Annual report of the Bengal Veterinary College and of the Civil Veterinary Department, Bengal, for the year 1920-21 - 1920-1921
Year: 1920
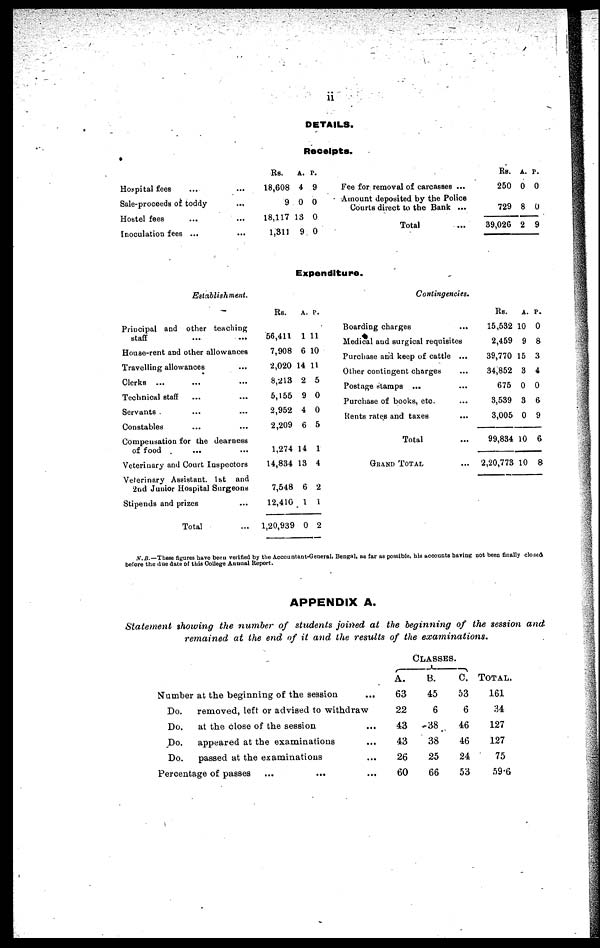
ii
DETAILS.
Receipts.
Hospital fees ... ...
Sale-proceeds of toddy ...
Hostel fees ... ...
Inoculation fees ... ...
Rs.
18,608
9
18,117
1,311
A.
4
0 0
13
9
P.
9
0
0
Fee for removal of carcasses ...
Amount deposited by the Police
Courts direct to the Bank ...
Total
Rs.
250
729
39,026
A.
0
8
2
P.
0
0
9
Expenditure.
Establishment.
Principal and other teaching
staff ... ...
House-rent and other allowances
Travelling allowances ...
Clerks ...
Technical staff ... ...
Servants
Constables ... ...
Compensation for the dearness
of food
Veterinary and Court Inspectors
Veterinary Assistant. 1st and
2nd Junior Hospital Surgeons
Stipends and prizes ...
Total ...
Rs.
56,411
7,908
2,020
8,213
5,155
2,952
2,209
1,274
14,834
7,548
12,410
1,20,939
A.
1 1
6 1
14 1
2
9
4
6
14
13
6
1
0
P.
1
0
1
5
0
0
5
1
4
2
1
2
Contingencies.
Boarding charges ...
Medical and surgical requisites
Purchase and keep of cattle ...
Other contingent charges ...
Postage stamps ... ...
Purchase of books, etc. ...
Rents rates and taxes ...
Total ...
GRAND TOTAL ...
Rs.
15,532
2,459
39,770
34,852
675
3,539
3,005
99,834
2,20,773
A.
10
9
15
3
0
3
0
10
10
P.
0
8
3
4
0
6
9
6
8
N.B.—These figures have been verified by the Accountant-General. Bengal, as far as possible, his accounts having not been finally closed
before the due date of this College Annual Report.
APPENDIX A.
Statement showing the number of students joined at the beginning of the session and
remained at the end of it and the results of the
examinations.
Number at the beginning of the session
...
Do.
removed, left or advised to withdraw
Do.
at the close of the session ...
Do.
appeared at the examinations ...
Do.
passed at the examinations ...
Percentage of passes ... ... ...
CLASSES.
A.
63
22
43
43
26
60
B.
45
6
38
38
25
66
C.
53
6
46
46
24
53
TOTAL.
161
34
127
127
75
59.6